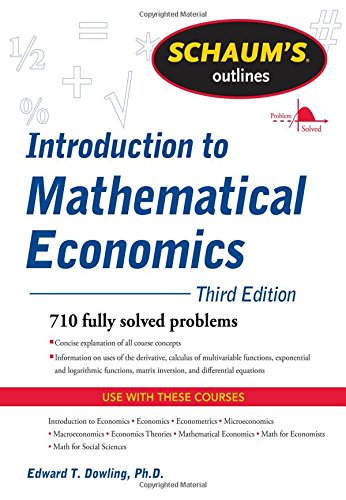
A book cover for Schaum's Outline of Introduction to Mathematical Economics, 3rd Edition (Schaum's Outlines); Edward Dowling; Business & Money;